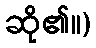
ဆို၏။)